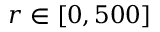
r \in [ 0 , 5 0 0 ]